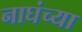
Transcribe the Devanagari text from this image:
नाघंच्या